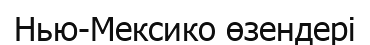
Нью-Мексико өзендері